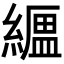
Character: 𦅟